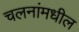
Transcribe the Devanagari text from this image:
चलनांमधील